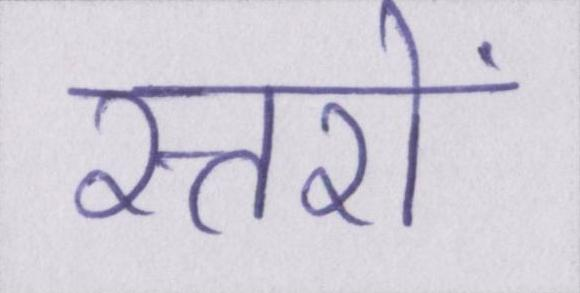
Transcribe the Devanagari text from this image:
स्तरों